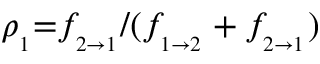
\rho _ { _ 1 } { = } f \! _ { _ { 2 { \rightarrow } 1 } } / ( f \! _ { _ { 1 { \rightarrow } 2 } } + f \! _ { _ { 2 { \rightarrow } 1 } } )